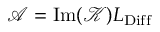
\mathcal { A } = \mathrm { I m } ( \mathcal { K } ) L _ { \mathrm { D i f f } }